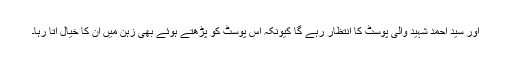
اور سید احمد شہید والی پوسٹ کا انتظار رہے گا کیونکہ اس پوسٹ کو پڑھتے ہوئے بھی زہن میں ان کا خیال اتا رہا۔